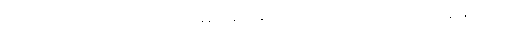
ညဉ့်ဆည်းဆာ၌လည်းကောင်း။ ပါတံ၊ နံနက်ဆည်ဆာ၌လည်းကောင်း။ ဥဒကောရောဟနာနုယောဂံ၊